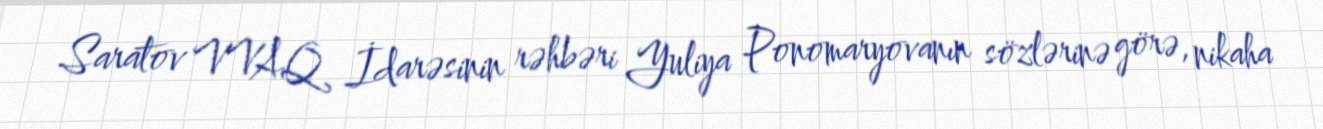
Saratov VVAQ İdarəsinin rəhbəri Yuliya Ponomaryovanın sözlərinə görə, nikaha